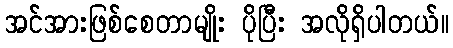
အင်အားဖြစ်စေတာမျိုး ပိုပြီး အလိုရှိပါတယ်။